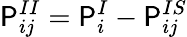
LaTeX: \mathsf{P}_{ij}^{II}=\mathsf{P}_{i}^{I}-\mathsf{P}_{ij}^{IS}